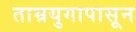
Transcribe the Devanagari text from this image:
ताम्रयुगापासून